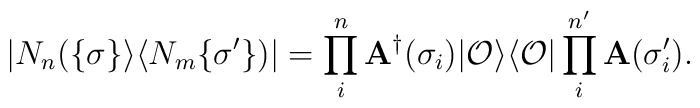
|N_{n}(\{\sigma\}\rangle \langle N_{m}\{\sigma '\})|=\prod _i^n{\bf A}^{\dag}(\sigma_i)|{\cal O}\rangle\langle {\cal O}|\prod _i^{n'}{\bf A}(\sigma'_i).